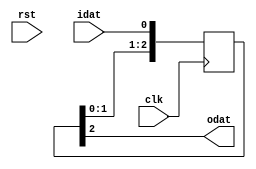
module ffxkclk
    (
     clk,
     rst,
     idat,
     odat
     );

////////////////////////////////////////////////////////////////////////////////
// Parameter declarations
parameter           K = 3;    //delay 3 clock cycle

////////////////////////////////////////////////////////////////////////////////
// Port declarations
input               clk,
                    rst;
input               idat;
output              odat;
  
////////////////////////////////////////////////////////////////////////////////
// Output declarations
wire                odat;

////////////////////////////////////////////////////////////////////////////////
// Local logic and instantiation
reg [K-1:0]         shift_dat; // = {K{1'b0}};			// declaration of [2 : 0] shift data register, and initialized shift_dat = 000
wire [K:0]          shift_in;						// declaration of [3 : 0] shift input, and initialized shift_in = xxxx
assign              shift_in = {shift_dat,idat};	// shift_in = 000-idat (3 bit of shift data, 1 bit of input data)

always @ (posedge clk)
    begin
    shift_dat <= shift_in[K-1:0];	
    end
	
assign odat = shift_dat[K-1];

endmodule